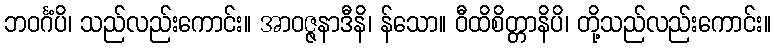
ဘဝင်္ဂံပိ၊ သည်လည်းကောင်း။ အာဝဇ္ဇနာဒီနိ၊ န်သော။ ဝီထိစိတ္တာနိပိ၊ တို့သည်လည်းကောင်း။